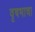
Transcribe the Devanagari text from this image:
वृषभाचा